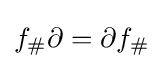
f_{\#}\partial =\partial f_{\#}